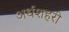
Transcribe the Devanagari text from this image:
अर्धशहरी